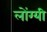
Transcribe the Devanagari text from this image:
लोंग्यी